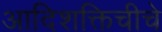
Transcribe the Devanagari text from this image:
आदिशक्तिचीचे